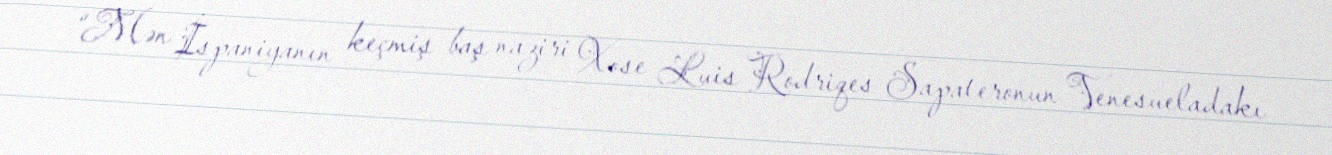
“Mən İspaniyanın keçmiş baş naziri Xose Luis Rodriqes Sapateronun Venesueladakı